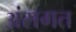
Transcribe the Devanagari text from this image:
अंसगत